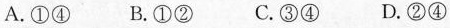
A.①④ B.①② C.③④ D.②④